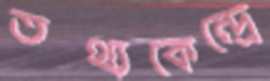
তথ্যকেন্দ্রে